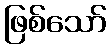
ဖြစ်သော်